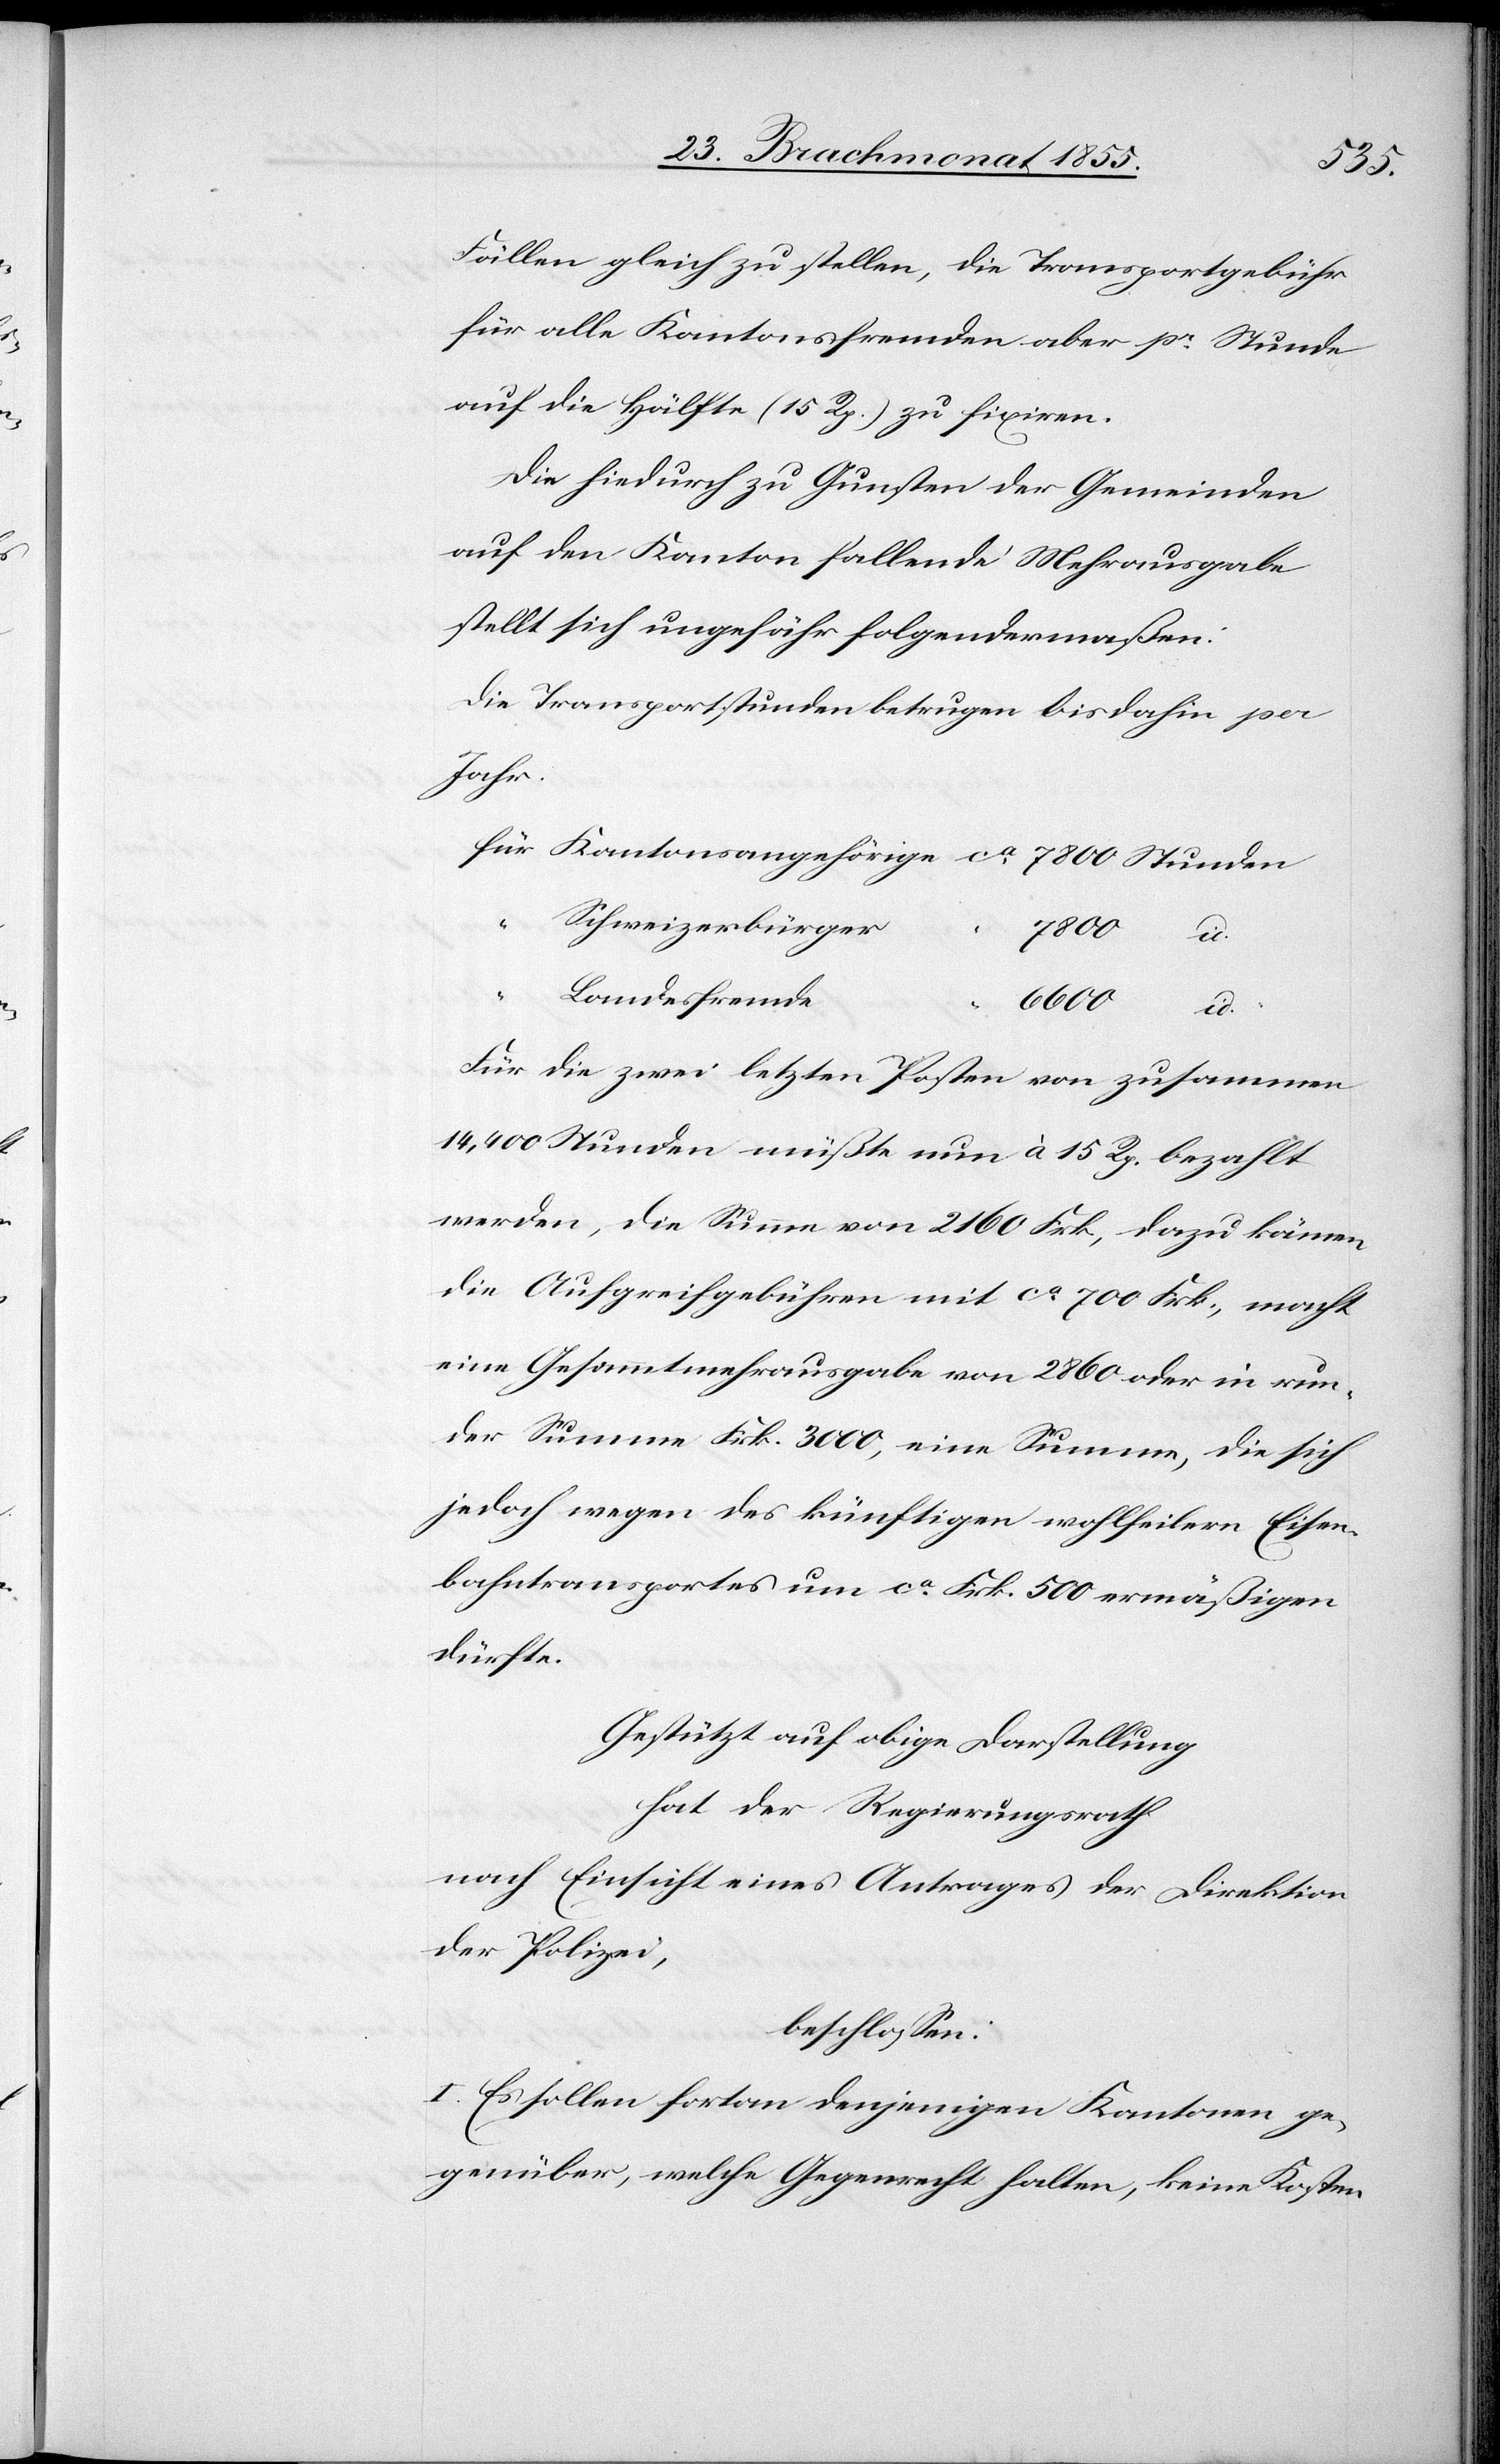
Fällen gleich zu stellen, die Transportgebühr
für alle Kantonsfremden aber pr. Stunde
auf die Hälfte (15 Rp.) zu fixiren.
Die hiedurch zu Gunsten der Gemeinden
auf den Kanton fallende Mehrausgabe
stellt sich ungefähr folgendermaßen:
Die Transportstunden betrugen bisdahin per
Jahr:
ca.
Schweizerbürger
7800 id.
“
Landesfremde
6600 id.
Für die zwei letzten Posten von zusammen
14,400 Stunden müßte nun à 15 Rp. bezahlt
werden, die Summe von 2160 Frk, dazu kämen
die Aufgreifgebühren mit ca. 700 Frk., macht
eine Gesammtmehrausgabe von 2860 oder in run¬
der Summe Frk. 3000, eine Summe, die sich
jedoch wegen des künftigen wohlfeilern Eisen¬
bahntransportes um ca. Frk. 500 ermäßigen
dürfte.
Gestützt auf obige Darstellung
hat der Regierungsrath
nach Einsicht eines Antrages der Direktion
der Polizei,
beschlossen:
I. Es sollen fortan denjenigen Kantonen ge¬
genüber, welche Gegenrecht halten, keine Kosten